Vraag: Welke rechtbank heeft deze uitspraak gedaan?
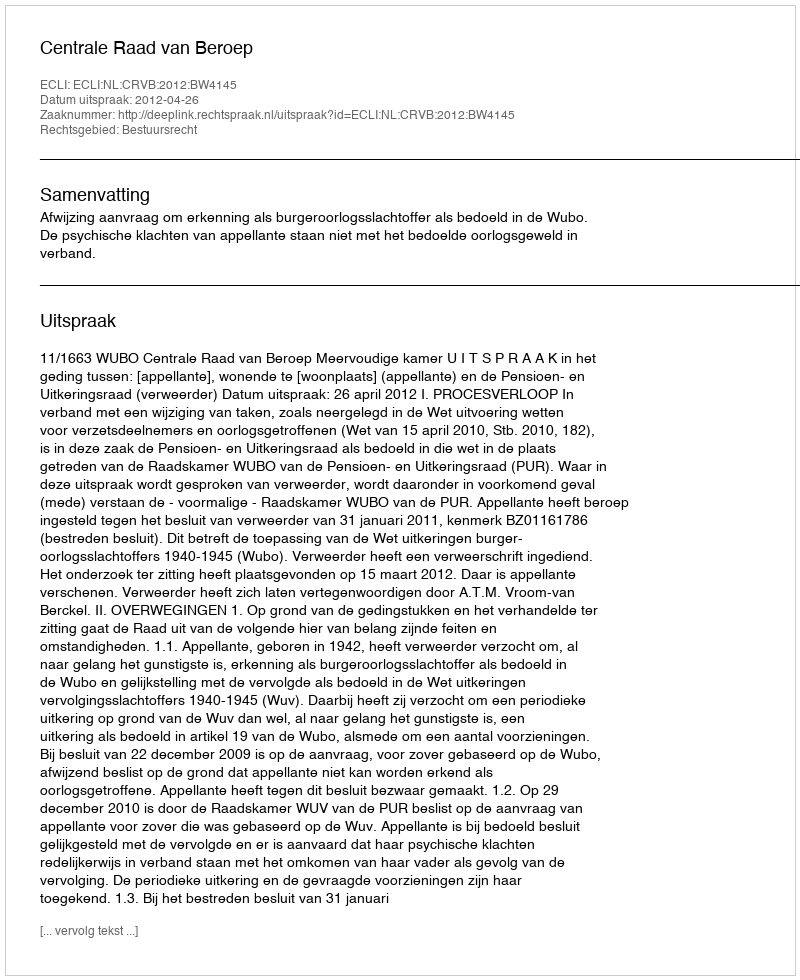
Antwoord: Centrale Raad van Beroep